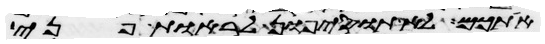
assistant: אתכם לא תוסיפון לראות פני